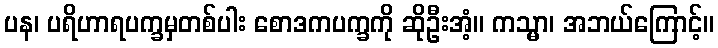
ပန၊ ပရိဟာရပက္ခမှတစ်ပါး စောဒကပက္ခကို ဆိုဦးအံ့။ ကသ္မာ၊ အဘယ်ကြောင့်။